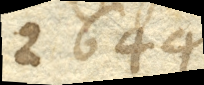
2 644